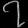
Digit: ၇